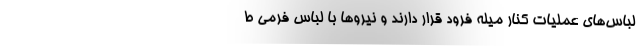
لباس‌های عملیات کنار میله فرود قرار دارند و نیروها با لباس فرمی ط